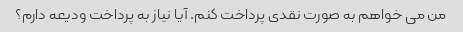
من می خواهم به صورت نقدی پرداخت کنم. آیا نیاز به پرداخت ودیعه دارم؟